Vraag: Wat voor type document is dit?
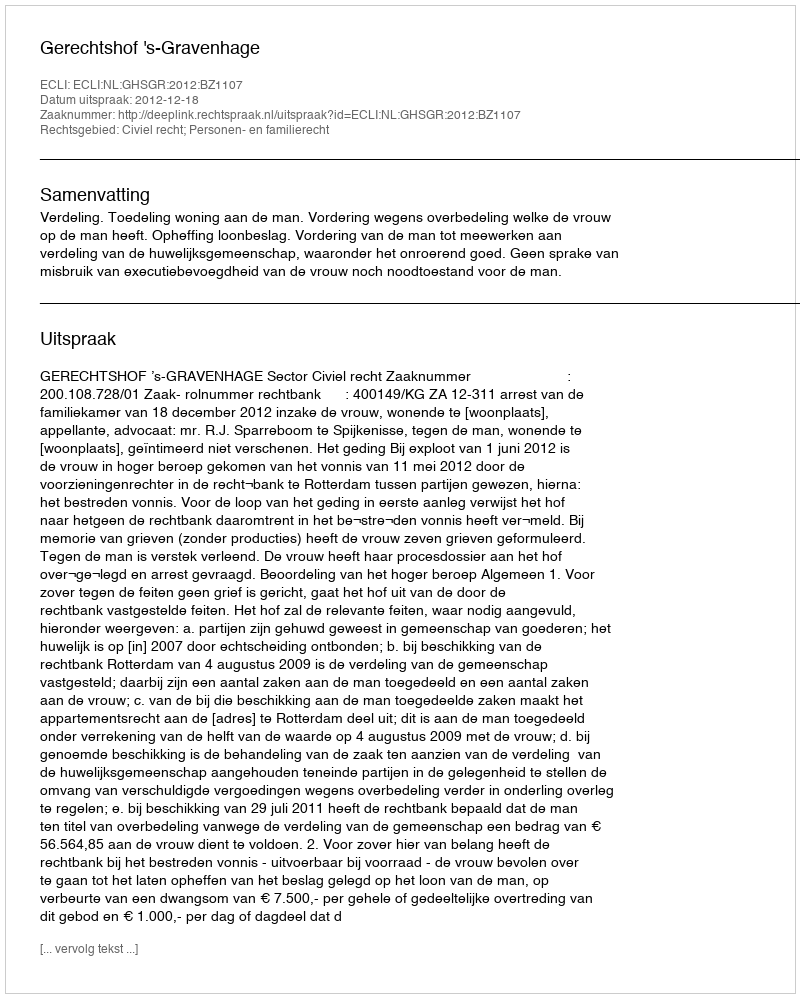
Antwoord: Uitspraak